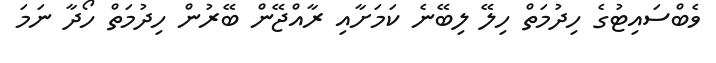
ވެބްސައިޓުގެ ހިދުމަތް ހިލޭ ލިބޭނެ ކަމަށާއި ރާއްޖޭން ބޭރުން ހިދުމަތް ހޯދާ ނަމަ